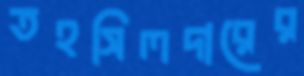
তহসিলদারের